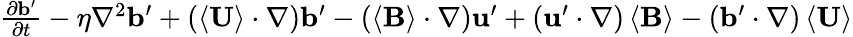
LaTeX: \begin{array}{rl}{\frac{\partial\mathbf{b}^{\prime}}{\partial t}-\eta\nabla^{2}\mathbf{b}^{\prime}+\left(\left\langle\mathbf{U}\right\rangle\cdot\nabla\right)\mathbf{b}^{\prime}-\left(\left\langle\mathbf{B}\right\rangle\cdot\nabla\right)\mathbf{u}^{\prime}+\left(\mathbf{u}^{\prime}\cdot\nabla\right)\left\langle\mathbf{B}\right\rangle-\left(\mathbf{b}^{\prime}\cdot\nabla\right)\left\langle\mathbf{U}\right\rangle}\end{array}